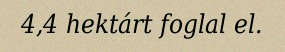
4,4 hektárt foglal el.